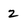
Character: 2